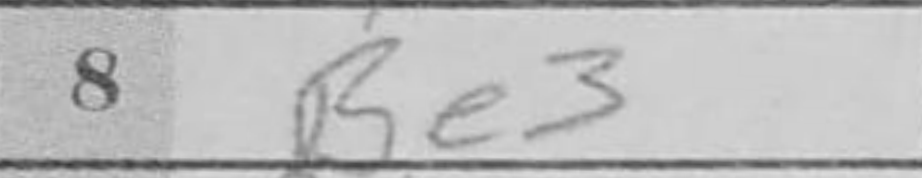
Transcription: Be3